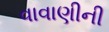
વાવાણીની